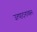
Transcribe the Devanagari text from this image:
उत्पादनावरून